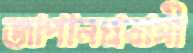
জাপানপ্রবাসী